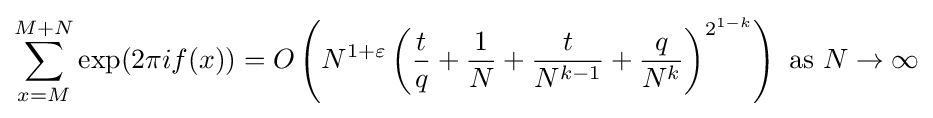
\sum _{x=M}^{M+N}\exp(2\pi if(x))=O\left(N^{1+\varepsilon }\left({t \over q}+{1 \over N}+{t \over N^{k-1}}+{q \over N^{k}}\right)^{2^{1-k}}\right){\text{ as }}N\to \infty